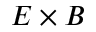
E \times B